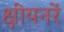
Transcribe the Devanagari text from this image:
क्षीयनरें